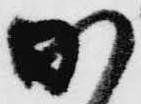
加